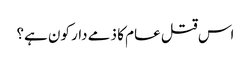
اس قتل عام کا ذمے دار کون ہے؟